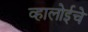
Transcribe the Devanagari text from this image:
व्हालोईचे